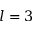
l = 3